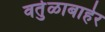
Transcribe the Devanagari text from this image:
वर्तुळाबाहेर